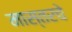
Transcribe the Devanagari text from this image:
मास्तरचे